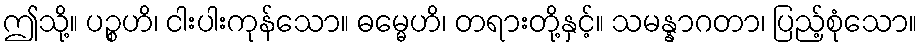
ဤသို့။ ပဉ္စဟိ၊ ငါးပါးကုန်သော။ ဓမ္မေဟိ၊ တရားတို့နှင့်။ သမန္နာဂတာ၊ ပြည့်စုံသော။